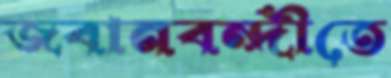
জবানবন্দীতে